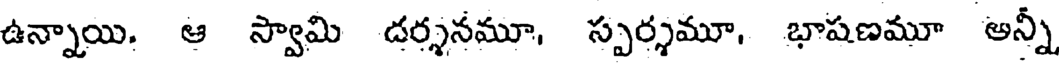
ఉన్నాయి. ఆ స్వామి దర్శనమూ, స్పర్శమూ, భాషణమూ అన్నీ